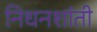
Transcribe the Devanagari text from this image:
निधनशांती